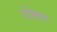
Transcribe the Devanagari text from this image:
पोष्हण